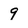
Character: 9